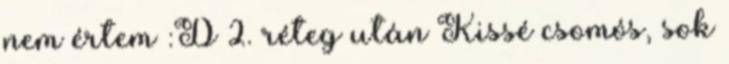
nem értem :D 2. réteg után Kissé csomós, sok